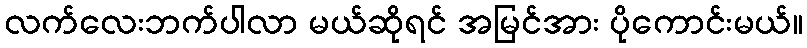
လက်လေးဘက်ပါလာ မယ်ဆိုရင် အမြင်အား ပိုကောင်းမယ်။